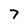
Character: 7